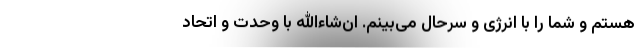
هستم و شما را با انرژی و سرحال می‌بینم. ان‌شاءالله با وحدت و اتحاد